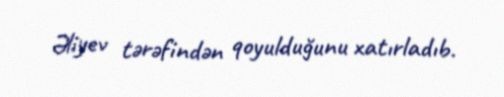
Əliyev tərəfindən qoyulduğunu xatırladıb.